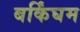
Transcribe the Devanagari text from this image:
बर्किंघम